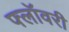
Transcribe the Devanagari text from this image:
फ्लॉवरी